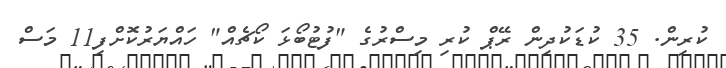
ކުރިން. 35 ކުޑަކުދިން ރޭޕް ކުރި މިސްރުގެ "ފުޓުބޯޅަ ކޯޗެއް" ހައްޔަރުކޮށްފި11 މަސް